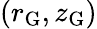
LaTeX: (r_{\mathrm{G}},z_{\mathrm{G}})